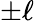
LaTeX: \pm\ell